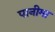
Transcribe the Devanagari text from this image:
पानीमा